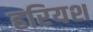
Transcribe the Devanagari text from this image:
हरियश